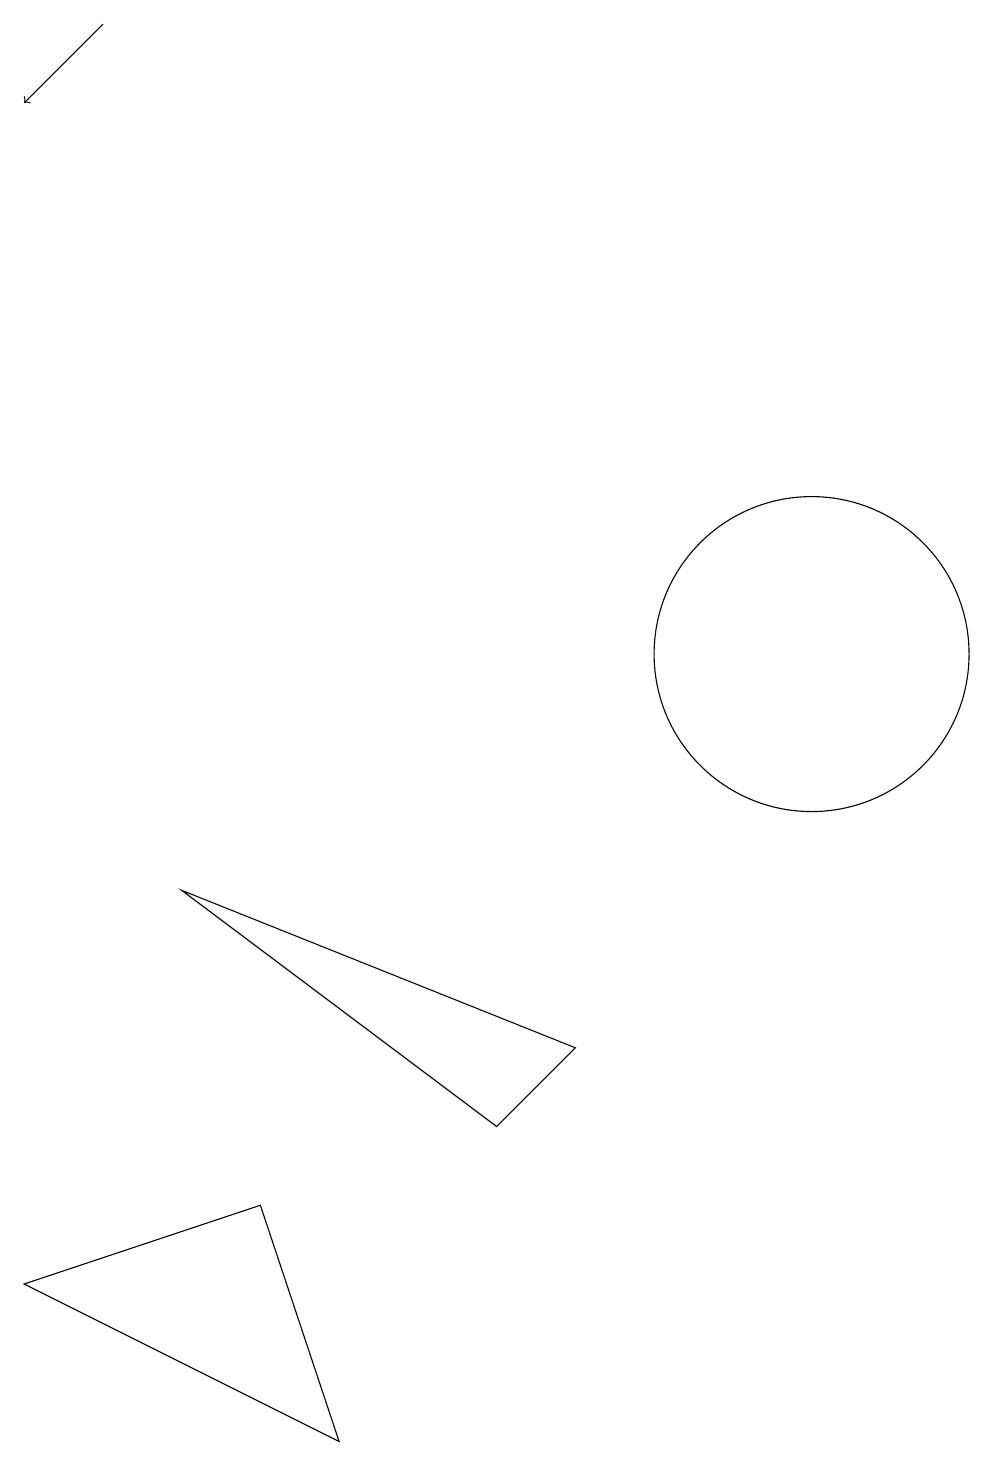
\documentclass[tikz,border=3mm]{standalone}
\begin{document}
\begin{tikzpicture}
\draw (10,10) circle (2);
\draw (3,3) -- (0,2) -- (4,0) -- cycle;
\draw (6,4) -- (7,5) -- (2,7) -- cycle;
\draw[->] (1,18) -- (0,17);
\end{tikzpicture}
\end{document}